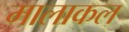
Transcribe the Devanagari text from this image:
मालाकल